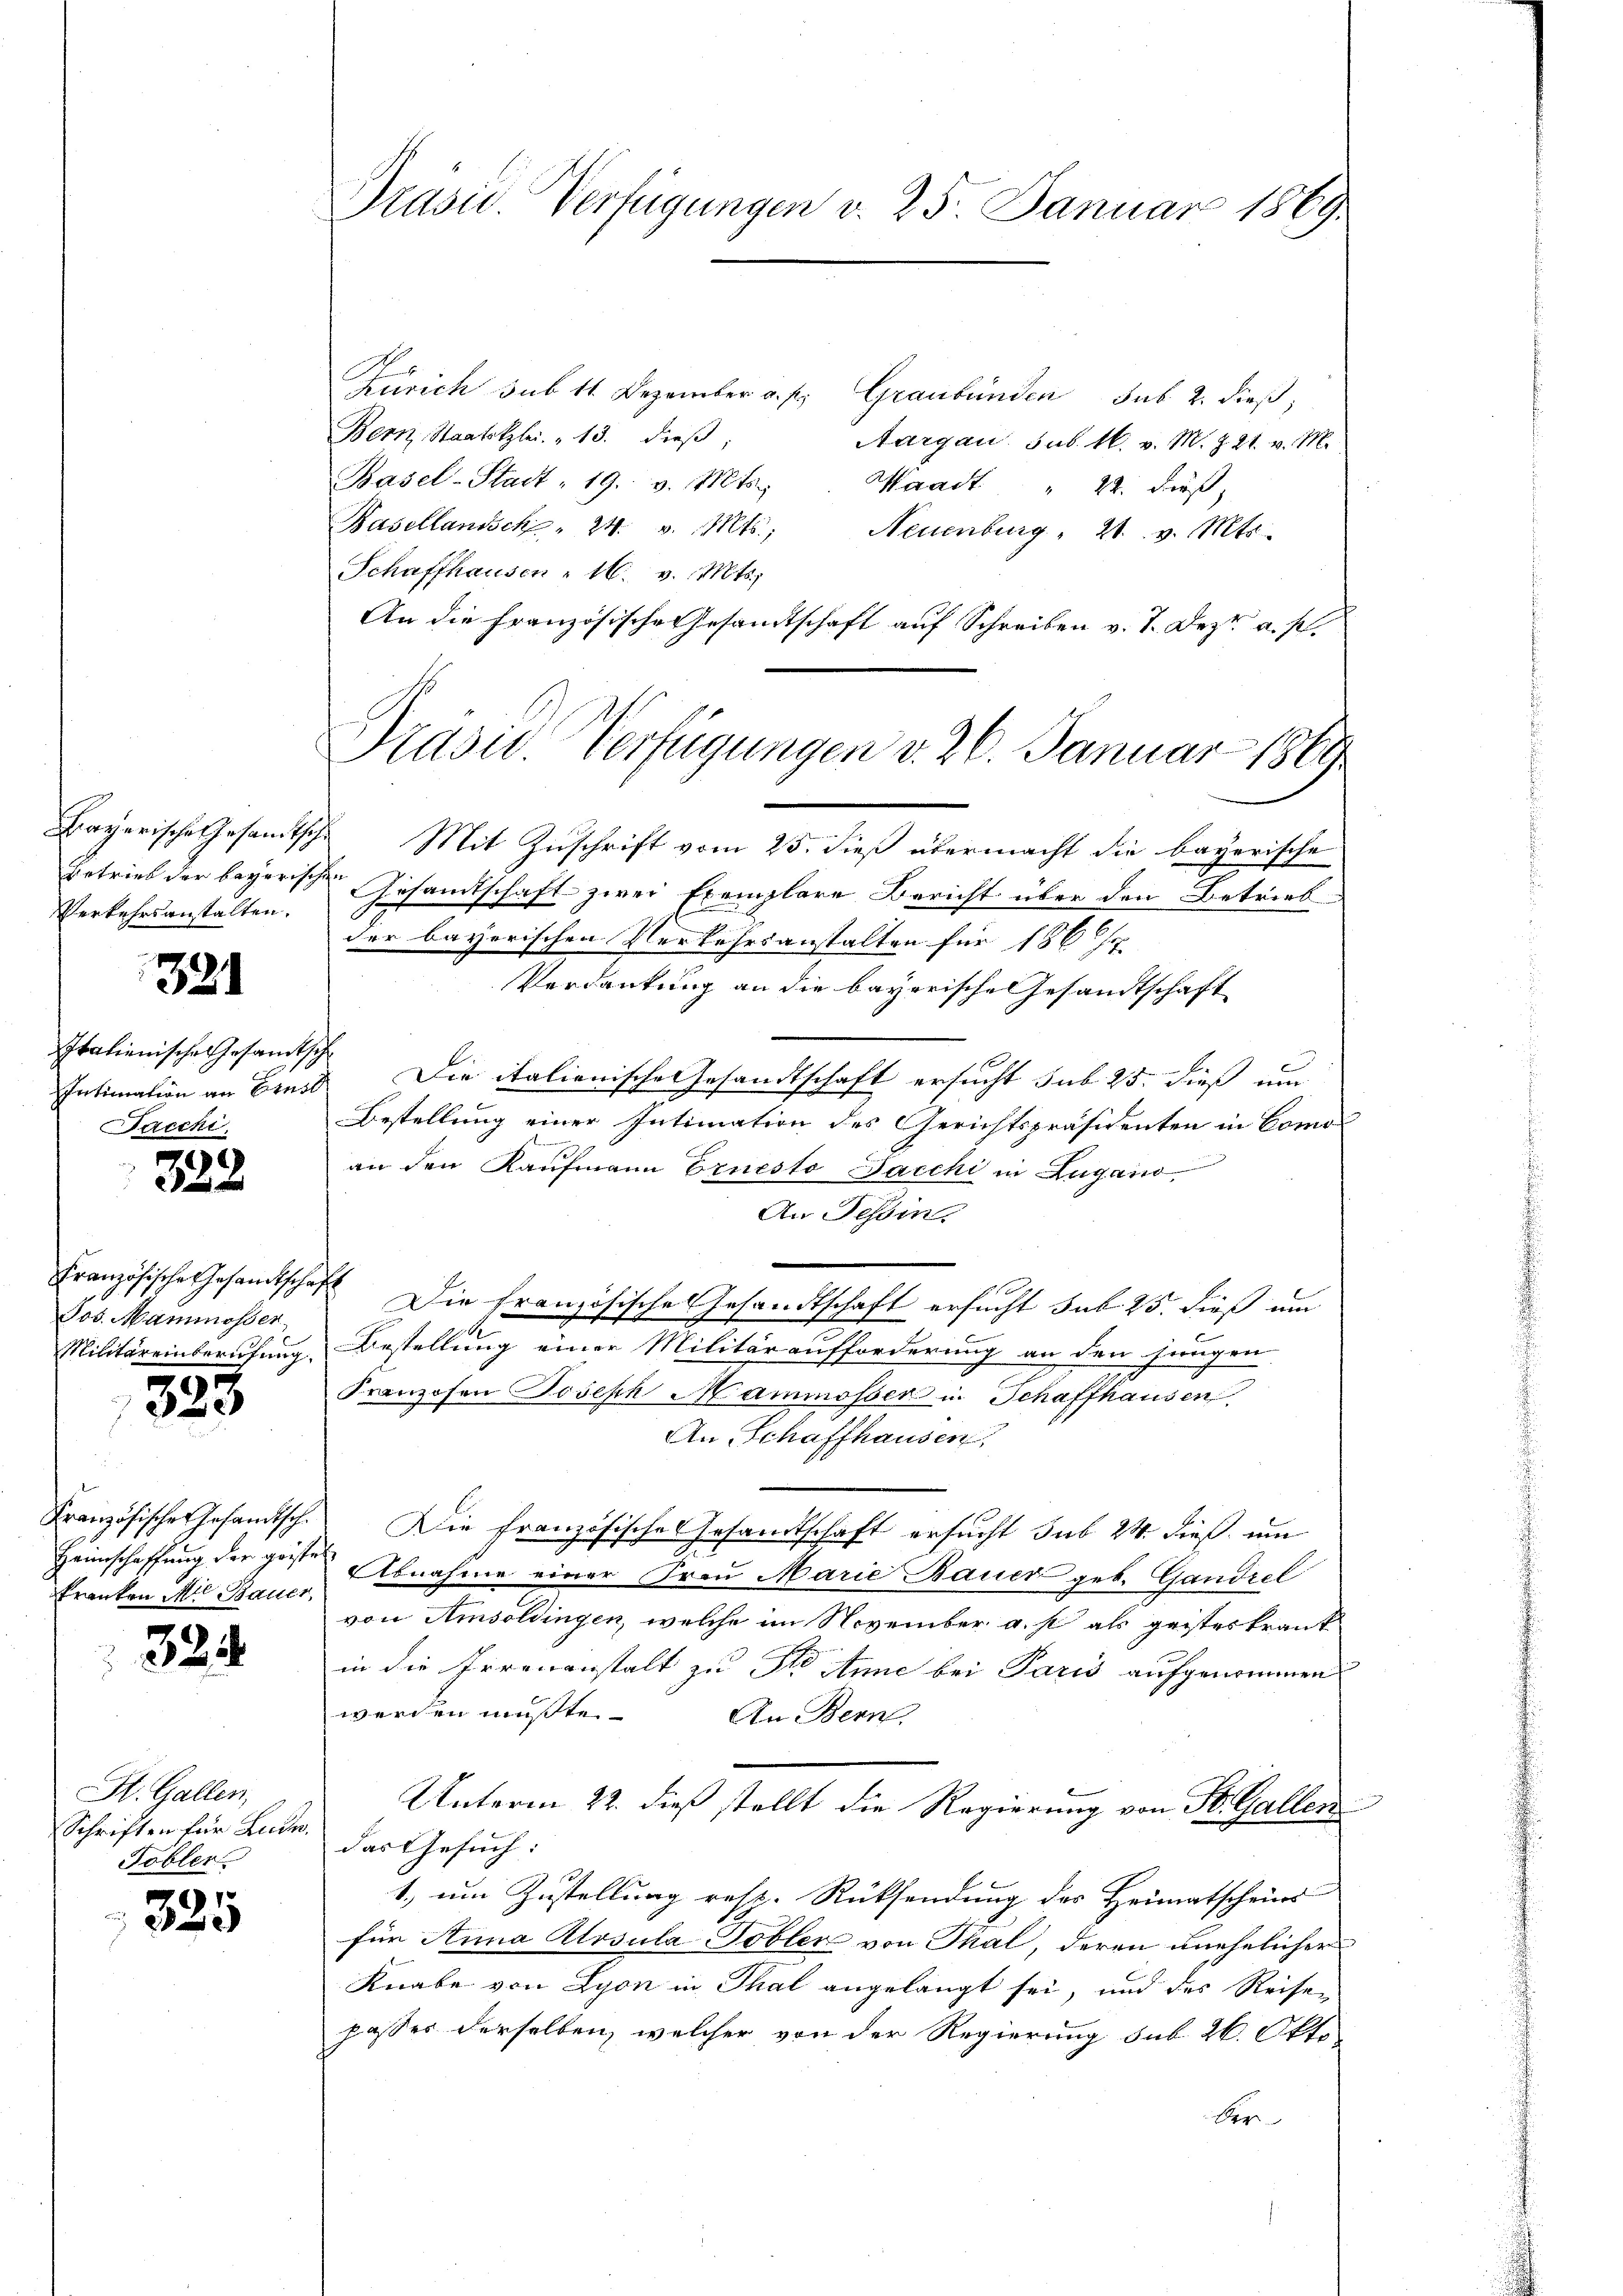
Verkehrsanstalten.

321

Italienische Gesandtsche
Sacchi,

322

Französische Gesandtschaft
Jos. Mammosser

323

kranken Mil Bauer,

324

St. Gallen,
Schriften für Ludw
Tobler

325

Präsid. Verfügungen v. 25. Januar 1889

Zürich sub 11. Dezember a. p. Graubünden sub 2. dieß,
Bern, Staatskzlei. " 13. dieß,
Aargau sub. 16. v. M. Z. 21. v. M.
Basel-Stadt - 19. v. Mts. Waadt " 22. dieß,
Basellandsch " 24. v. Mts., Neuenburg. 21. v. Mts.
Schaffhausen - 16. v. Mts.,
An die Französische Gesamtschaft auf Schreiben v. J. Dez. a. p.
Bayerische Gesamtsche Mit Zuschrift vom 25. dieß übermacht die bayerische
Betrieb der bayerischen Gesandtschaft zwei Exemplare Bericht über den Betrieb
der bayerischen Verkehrsanstalten für 186
Verdankung an die bayerische Gesandtschaft
1
Intimation an Ernst Die italienische Gesandtschaft ersucht sub. 25. dieß um
Bestellung einer Intimation des Gerichtspräsidenten in Comoan den Kaufmann Ernesto Jacchi in Zugano
An Tessin.
Die französische Gesandtschaft ersucht sub. 25. dieß um
Militäreinberufung Bestellung einer Militäraufforderung an den jungen
Franzosen Joseph Mammosser in Schaffhausen
An Schaffhausen,
Französische Gesamtsch. Die französische Gesandtschaft ersucht sub 24. dieß, um
Heimschaffung der geiste Abnahme einer Frau Marie Bauer geb. Gandrel
von Amsoldingen, welche im November a. f als geisteskrank
in die Irrenanstalt zu die Anne bei Paris aufgenommen
werden mußte. Andern
Unterm 22. dieß stellt die Regierung von St. Gallen
das Gesuch:
e
1.) um Zustellung rest. Rücksendung des Heimatscheins
für Anna Alosula Toblen von Thal, deren unehelicher
Knabe von Lyon in Thal angelangt sei, und das Reisen
passer derselben, welcher von der Regierung sub. 26. Okto
ber

Präsid. Verfügungen d. 26. Januar 1869